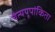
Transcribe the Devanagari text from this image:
चैत्ययूपांकिता